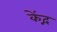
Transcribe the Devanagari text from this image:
केंद्ग